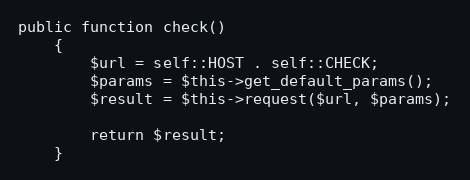
Language: PHP
public function check()
    {
        $url = self::HOST . self::CHECK;
        $params = $this->get_default_params();
        $result = $this->request($url, $params);

        return $result;
    }